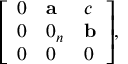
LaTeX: { \left[ \begin{array} { l l l } { 0 } & { \mathbf { a } } & { c } \\ { 0 } & { 0 _ { n } } & { \mathbf { b } } \\ { 0 } & { 0 } & { 0 } \end{array} \right] } ,